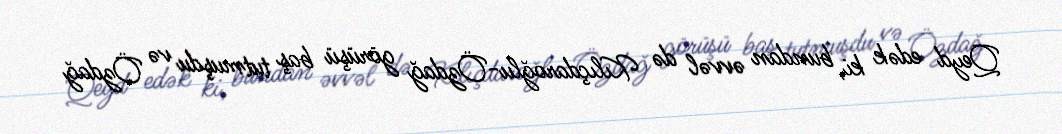
Qeyd edək ki, bundan əvvəl də Kılıçdaroğlu-Özdağ görüşü baş tutmuşdu və Özdağ